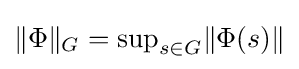
\|\Phi \|_{G}={\text{sup}}_{s\in G}\|\Phi (s)\|